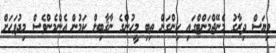
ވިޔަސް ދިރާގު މެނޭޖްމަންޓްގައި ހިންގަން ތިބި މީހުންގެ ނާޤާބިލް ކަމުން އެންމެންވެސް މިދުވަހަށް